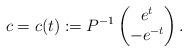
LaTeX: \begin{align*} c = c(t):= P^{-1}\begin{pmatrix} e^t \\ -e^{-t} \end{pmatrix}. \end{align*}